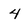
Character: 4